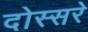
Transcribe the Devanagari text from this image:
दोस्सरे